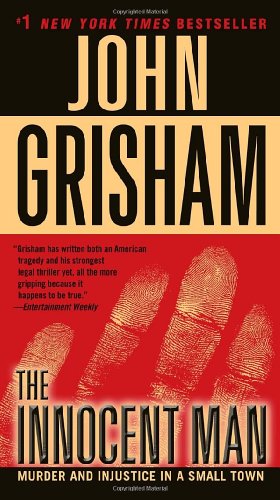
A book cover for The Innocent Man: Murder and Injustice in a Small Town; John Grisham; Law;